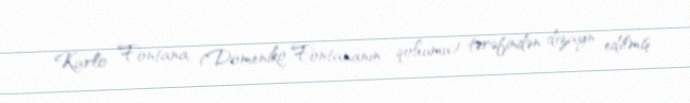
Karlo Fontana (Domeniko Fontananın qohumu) tərəfindən dizayn edilmiş